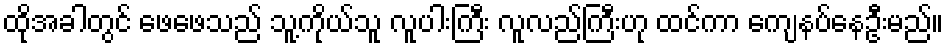
ထိုအခါတွင် ဖေဖေသည် သူ့ကိုယ်သူ လူပါးကြီး လူလည်ကြီးဟု ထင်ကာ ကျေနပ်နေဦးမည်။